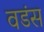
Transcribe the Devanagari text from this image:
वडंस